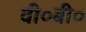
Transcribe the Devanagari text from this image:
वी०बी०